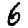
Digit: 6